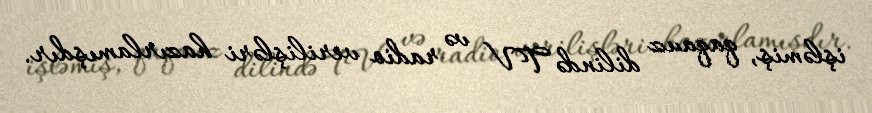
işləmiş, qaqauz dilində TV və radio verilişləri hazırlamışdır.